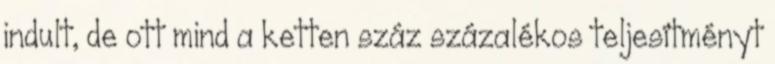
indult, de ott mind a ketten száz százalékos teljesítményt